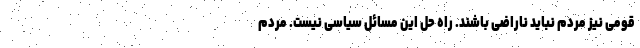
قومی نیز مردم نباید ناراضی باشند. راه حلِ این مسائل سیاسی نیست. مردم